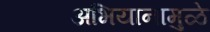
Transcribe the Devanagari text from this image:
अभियानामुळे